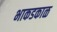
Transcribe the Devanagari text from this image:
भाकडकाळ